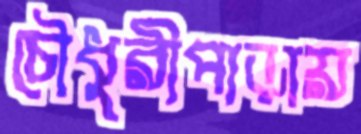
চৌধুরীপাড়ায়